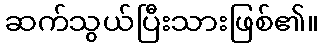
ဆက်သွယ်ပြီးသားဖြစ်၏။